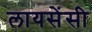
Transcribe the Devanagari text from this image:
लायसेंसी